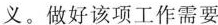
①社会舆论界把准宣传思想工作的方向导向，积极主